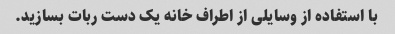
با استفاده از وسایلی از اطراف خانه یک دست ربات بسازید.